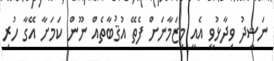
ނަޝީދު ވިދާޅުވީ އެއީ މިޒަމާނަށް ފެތޭ އުޤުބާތެއް ނޫން ކަމަށާ އޭގާ ހުރި